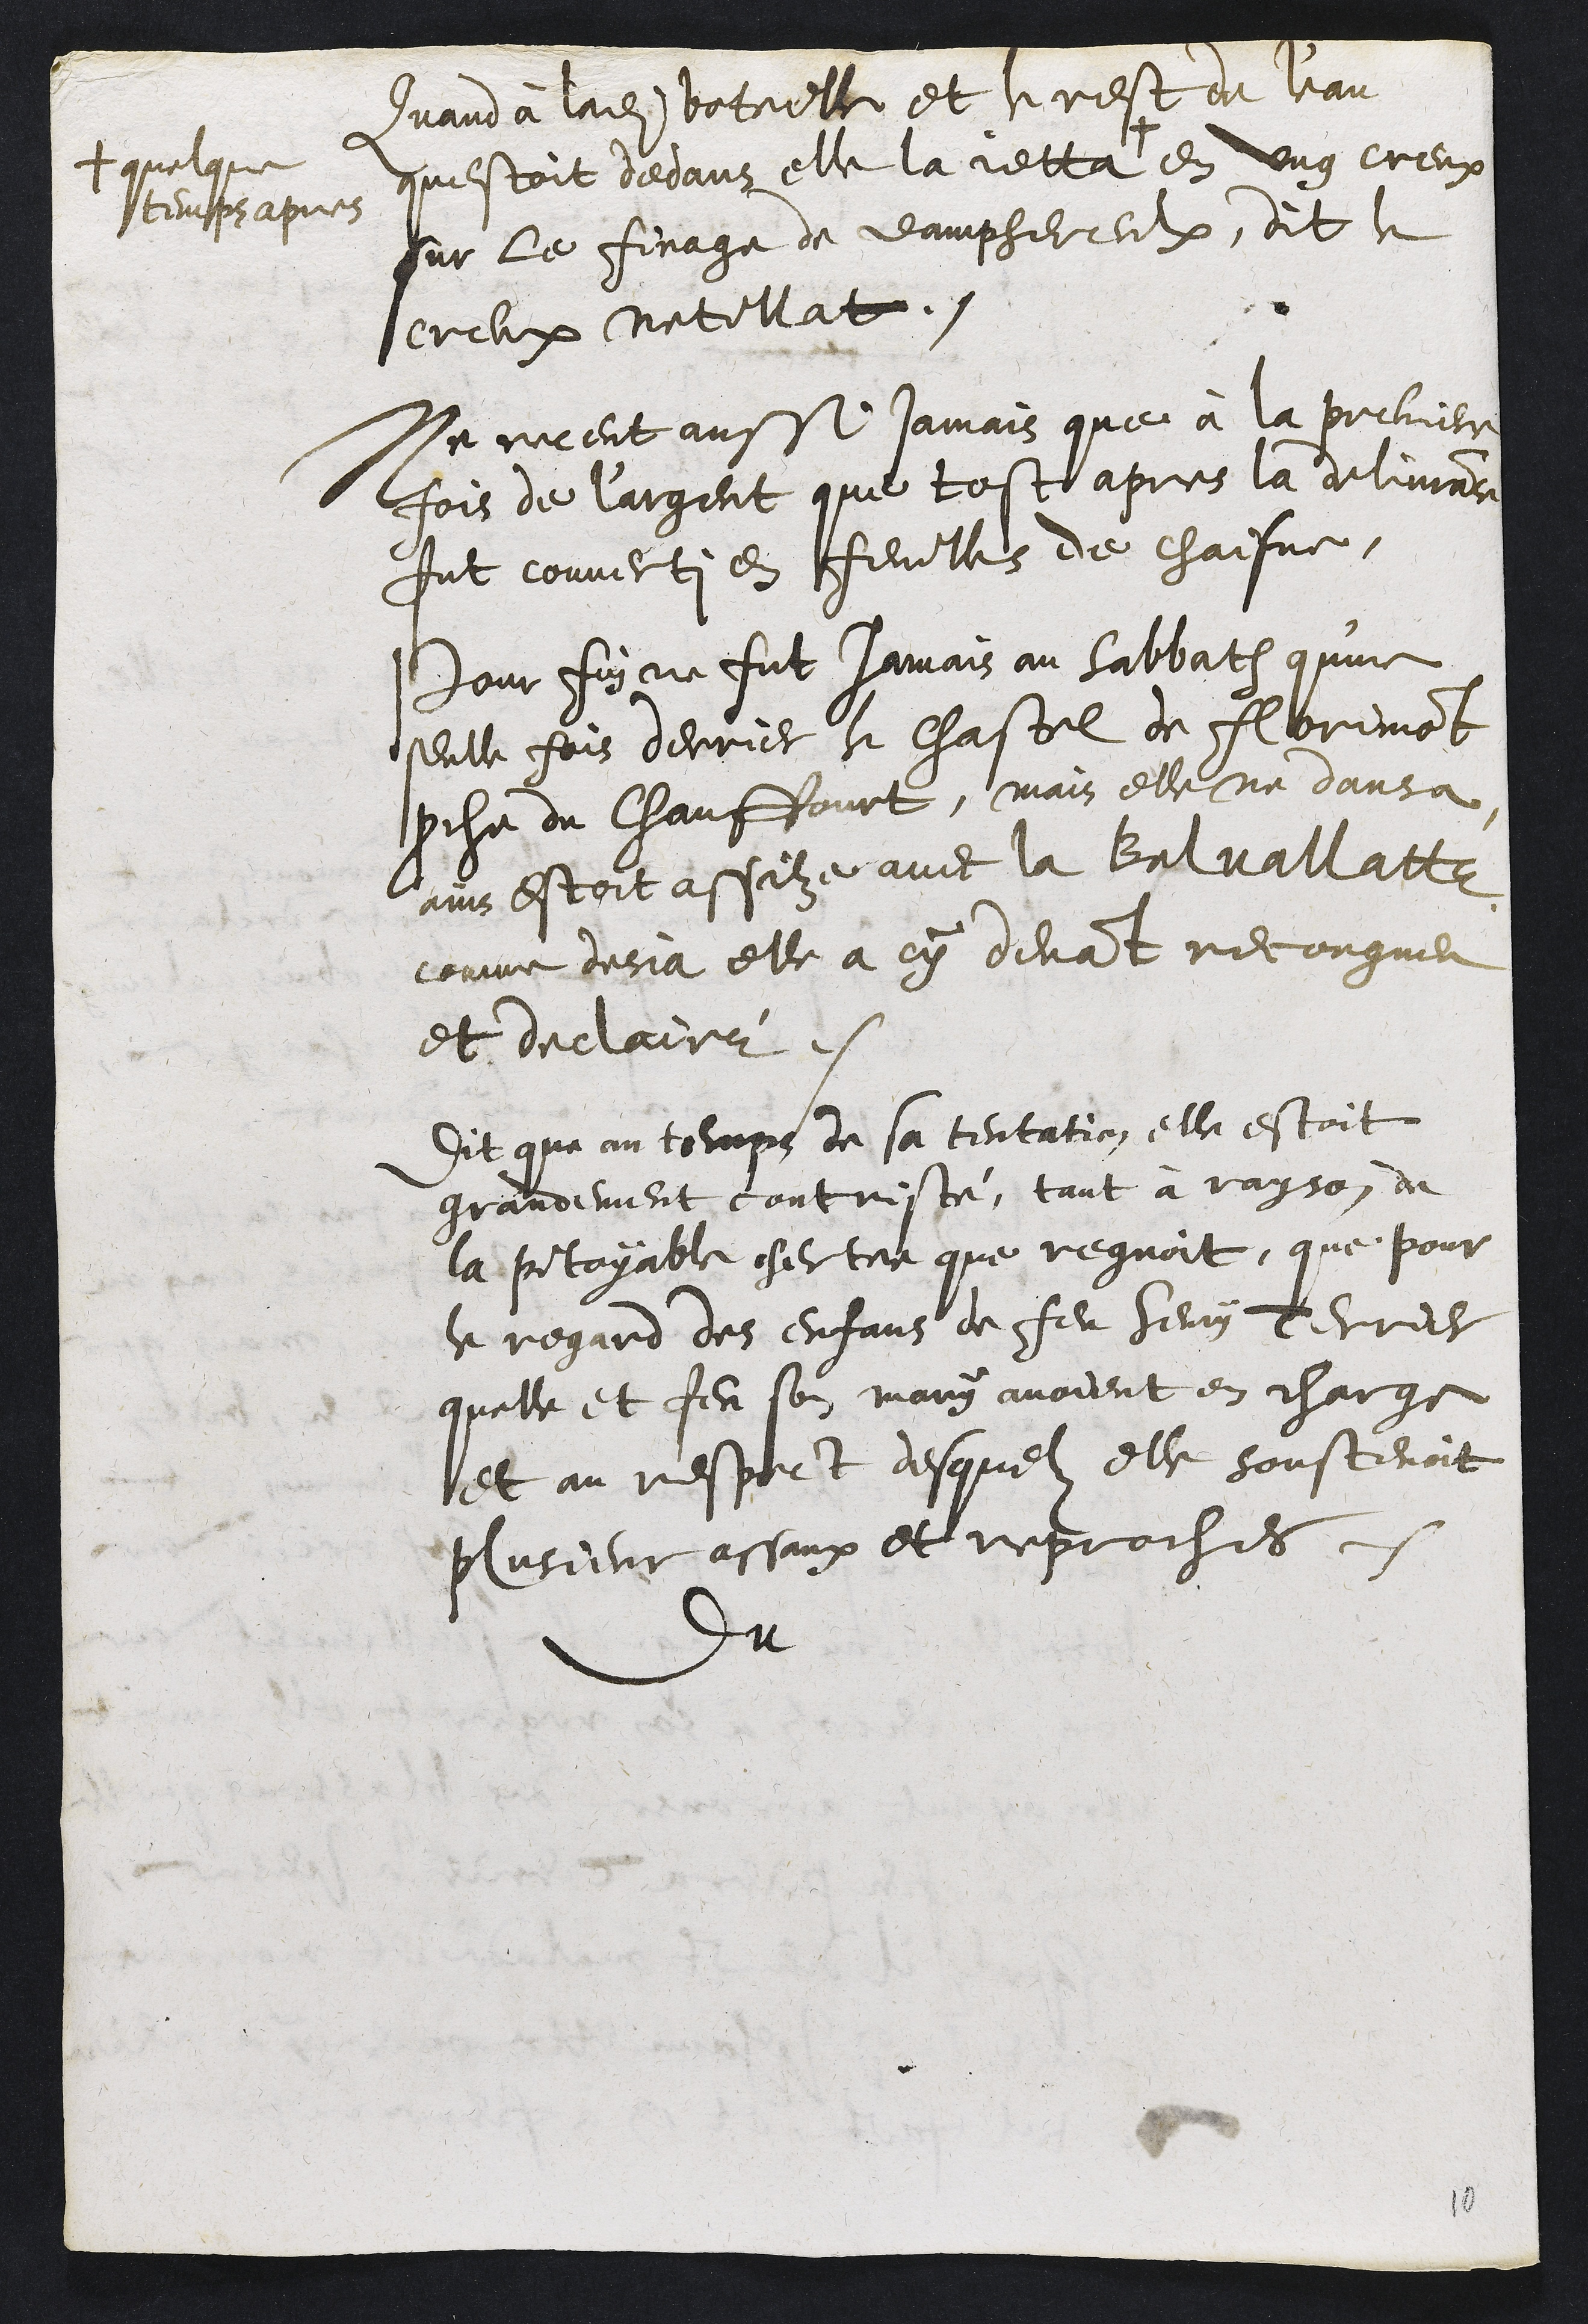
Quand à ladite boteille et le rest de l'eau
questoit dedans elle la jetta +
+ quelque
temps apres
en ung creux
sur le finage de Damphereulx, dit le
creux Netillat.
Ne receut aussi jamais que à la premiere
fois de l'argent que tost apres la delivrance
fut couverti en feuilles de chaisne.
Pour fin ne fut jamais au sabbath qu'une
seulle fois derrier le chastel de Florimont
proche du Chauffourt, mais elle ne dansa
ains estoit assize avec la Belvallatte
comme desja elle a cy devant recongneu
et declairé.
Dit que au temps de sa tentation, elle estoit
grandement contristé, tant à rayson de
la pitoyable chertee que regnoit, que pour
le regard des enfans de feu Henry Terrier
quelle et feu son mary avoient en charge
et au respect desquelz elle soustenoit
plusieur assaux et reproches
Du

10